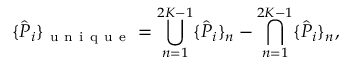
\{ \hat { P } _ { i } \} _ { \mathrm { ~ u ~ n ~ i ~ q ~ u ~ e ~ } } = \bigcup _ { n = 1 } ^ { 2 K - 1 } \{ \hat { P } _ { i } \} _ { n } - \bigcap _ { n = 1 } ^ { 2 K - 1 } \{ \hat { P } _ { i } \} _ { n } ,